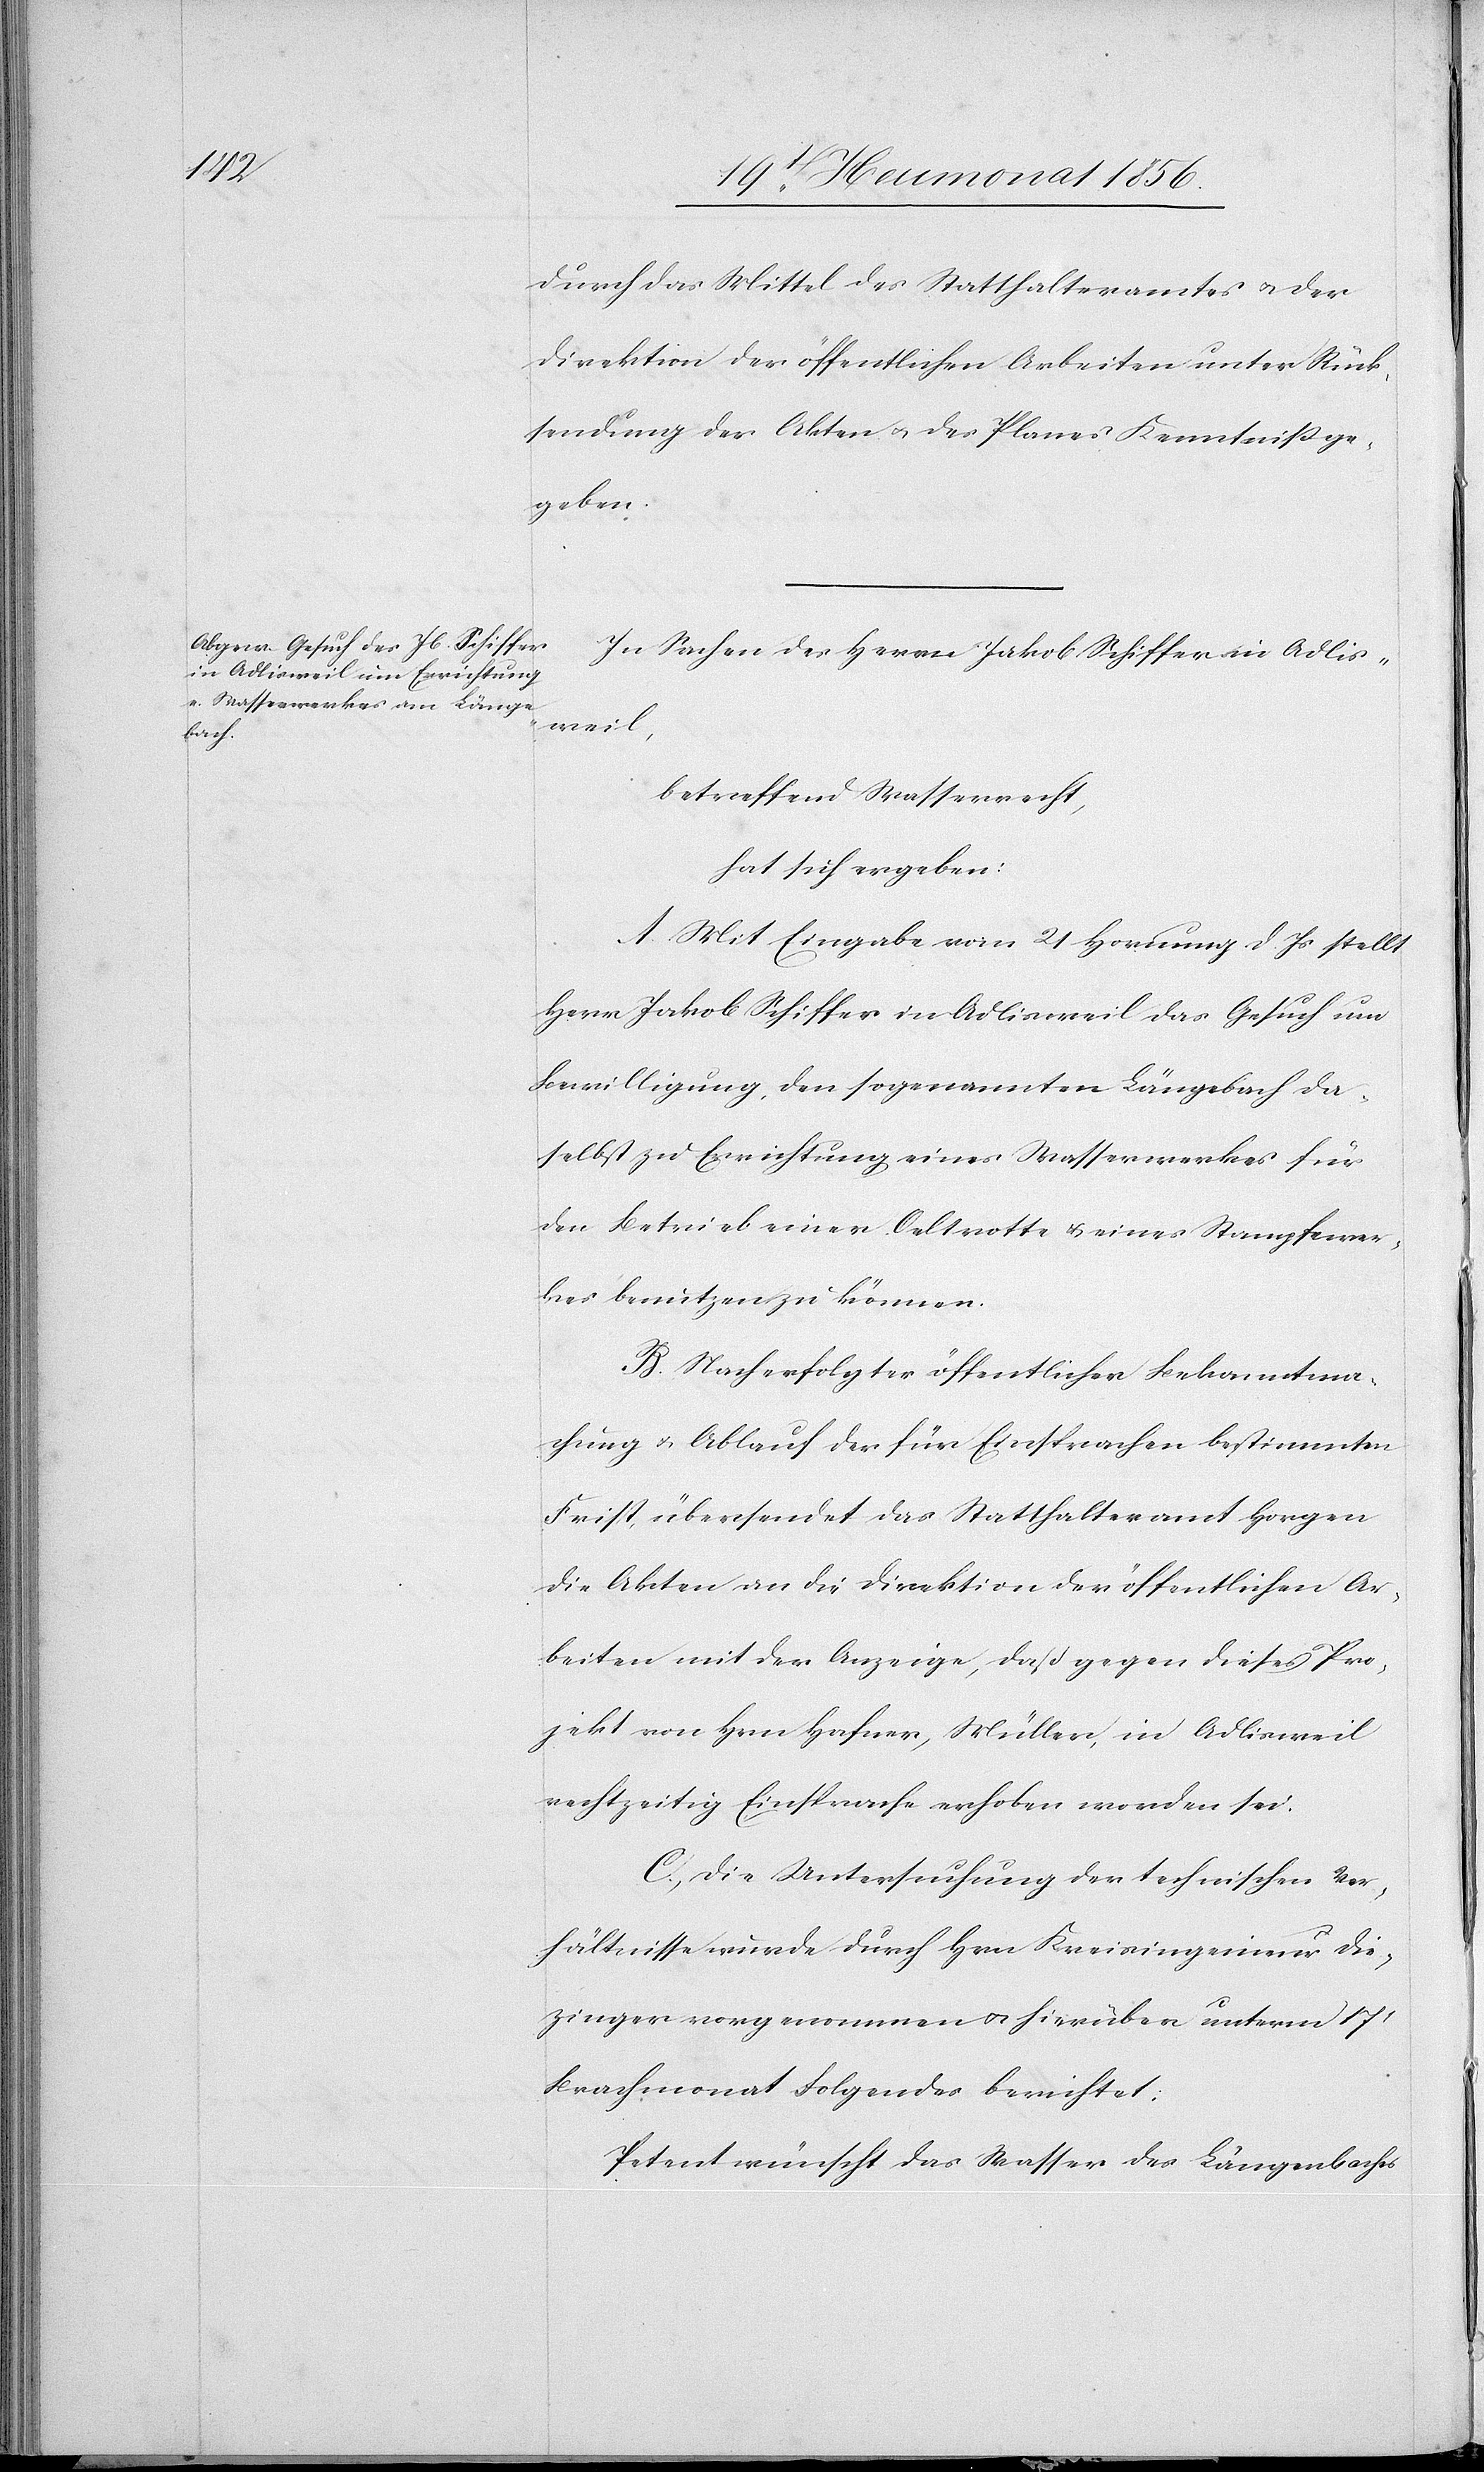
durch das Mittel des Statthalteramtes u. der
Direktion der öffentlichen Arbeiten unter Rück¬
sendung der Akten u. des Planes Kenntniss ge¬
geben.
In Sachen des Herrn Jakob Schiffer in Adlis¬
weil,
betreffend Wasserrecht,
hat sich ergeben:
A. Mit Eingabe vom 21 Hornung d. Js stellt
Herr Jakob Schiffer in Adlisweil das Gesuch um
Bewilligung, den sogenannten Längebach da¬
selbst zu Errichtung eines Wasserwerkes für
den Betrieb einer Oeltrotte u. eines Stampfewer¬
kes benutzen zu können.
B. Nach erfolgter öffentlicher Bekanntma¬
chung u. Ablauf der für Einsprachen bestimmten
Frist, übersendet das Statthalteramt Horgen
die Akten an die Direktion der öffentlichen Ar¬
beiten mit der Anzeige, daß gegen dieses Pro¬
jekt von Hrn Hafner, Müller, in Adlisweil
rechtzeitig Einsprache erhoben worden sei.
C. Die Untersuchung der technischen Ver¬
hältnisse wurde durch Hrn Kreisingenieur Die¬
zinger vorgenommen u. hierüber unterm 17t
Brachmonat Folgendes berichtet:
Petent wünscht das Wasser des Längenbaches